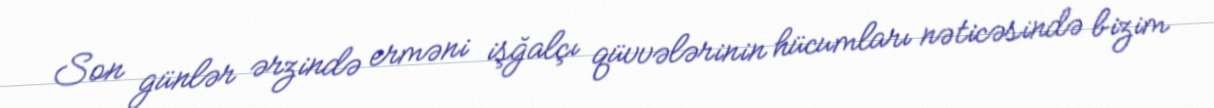
Son günlər ərzində erməni işğalçı qüvvələrinin hücumları nəticəsində bizim